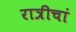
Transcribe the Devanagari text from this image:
रात्रीचां